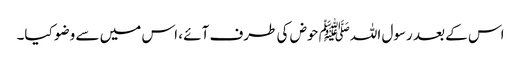
اس کے بعد رسول اللہﷺ حوض کی طرف آئے ، اس میں سے وضو کیا۔